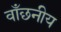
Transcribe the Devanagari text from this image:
वाँछनीय